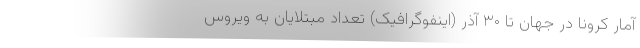
آمار کرونا در جهان تا ۳۰ آذر (اینفوگرافیک) تعداد مبتلایان به ویروس